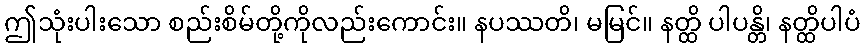
ဤသုံးပါးသော စည်းစိမ်တို့ကိုလည်းကောင်း။ နပဿတိ၊ မမြင်။ နတ္ထိ ပါပန္တိ၊ နတ္ထိပါပံ